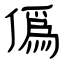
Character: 僞